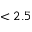
< 2 . 5